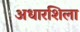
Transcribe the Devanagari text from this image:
अधारशिला